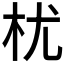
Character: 𣏞